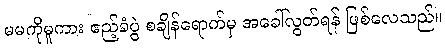
မမကိုမူကား ဧည့်ခံပွဲ စချိန်ရောက်မှ အခေါ်လွတ်ရန် ဖြစ်လေသည်။